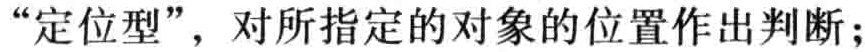
“定位型”，对所指定的对象的位置作出判断；